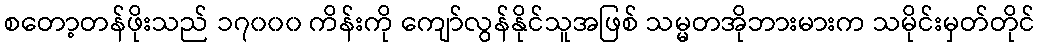
စတော့တန်ဖိုးသည် ၁၇၀၀၀ ကိန်းကို ကျော်လွန်နိုင်သူအဖြစ် သမ္မတအိုဘားမားက သမိုင်းမှတ်တိုင်